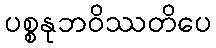
ပစ္စနုဘဝိဿတိပေ